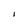
Character: I